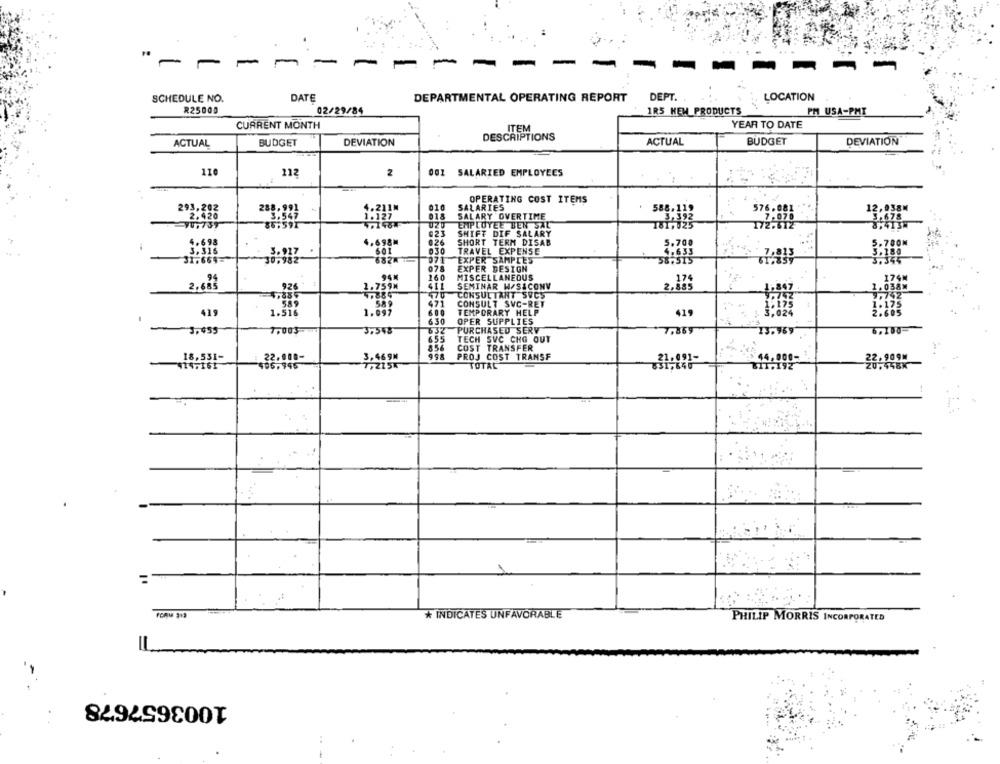
-
-
-
SCHEDULE NO.
DATE
DEPARTMENTAL OPERATING REPORT
DEPT.
LOCATION
R25000
02/29/84
1R5 HEM PRODUCTS
PM USA-PMI
CURRENT MONTH
ITEM
YEAR TO DATE
DESCRIPTIONS
ACTUAL
BUDGET
DEVIATION
ACTUAL
BUDGET
DEVIATION
110
112
2
001 SALARIED EMPLOYEES
OPERATING COST ITEMS
293,202
010
SALARIES
12,038M
2.420
288:221
4-211M
SALARY OVERTIME
376.081
EMPLOYEE BEN SAL
023
SHIFT DIF SALARY
4.698
4.698
626
SHORT TERM DISAB
3,316
3.927
030
TRAVEL EXPENSE
5.700
5.700M
31.669-
30.982
6824
071
EXPER SAMPLES
078
EXPER DESIGN
160
94%
MISCELLANEOUS
174
2.60}
926
1.759
411
SEMINAR W/SICONV
470
CONSULTANT SVCS
471
CONSULT SVC-RET
419
TEMPORARY HELP
419
6.30
OPER SUPPLIES
632
PURCHASED SERV
-3,459
3.348
7.881
6.100
655
TECH SVC CHG OUT
856
COST TRANSFER
18,531-
22.008-
3. 46 9M
PROJ COST TRANSF
22,909m
TOTAL
* INDICATES UNFAVORABLE
PHILIP MORRIS INCORPORATED
1003657678
-.-